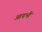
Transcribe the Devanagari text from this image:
आपभी